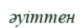
әуіттен